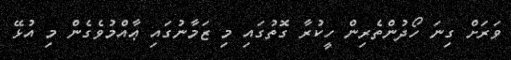
ވަރަށް ގިނަ ހޯދުންތެރިން ހީކުރާ ގޮތުގައި މި ޒަމާނުގައި ޢާއްމުވެގެން މި އުޅޭ